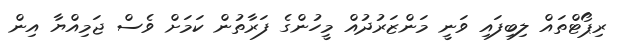
ރިޕޯޓްތައް ލިބިފައި ވަނީ މަންޒަރުދުއް މީހުންގެ ފަރާތުން ކަމަށް ވެސް ޖަމިއްޔާ އިން